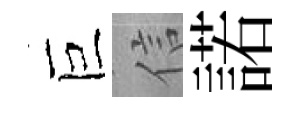
巨信諾